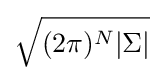
{\sqrt {(2\pi )^{N}|\Sigma |}}